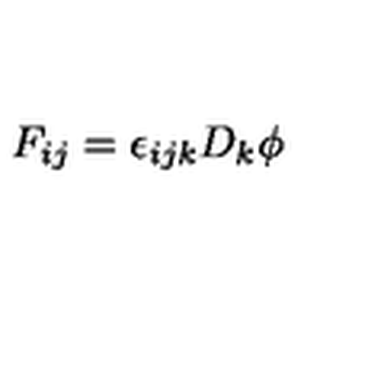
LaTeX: F _ { i j } = \epsilon _ { i j k } D _ { k } \phi